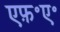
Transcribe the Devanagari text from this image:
एफ़॰ए॰